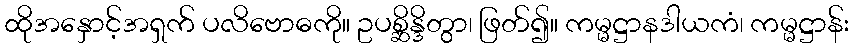
ထိုအနှောင့်အရှက် ပလိဗောဓကို။ ဥပစ္ဆိန္ဒိတွာ၊ ဖြတ်၍။ ကမ္မဋ္ဌာနဒါယကံ၊ ကမ္မဋ္ဌာန်း